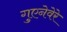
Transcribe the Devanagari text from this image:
गुएनेवेरे